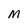
Character: M